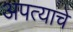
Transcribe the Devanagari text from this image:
अपत्याचे